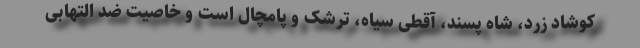
کوشاد زرد، شاه پسند، آقطی سیاه، ترشک و پامچال است و خاصیت ضد التهابی